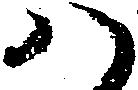
八